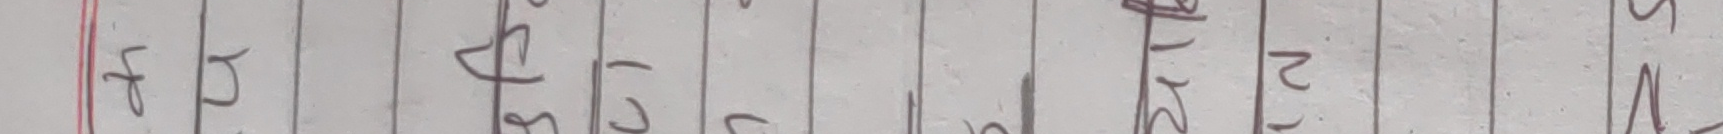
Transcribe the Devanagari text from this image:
फञपसभकबचगजम